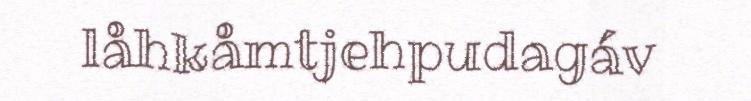
låhkåmtjehpudagáv